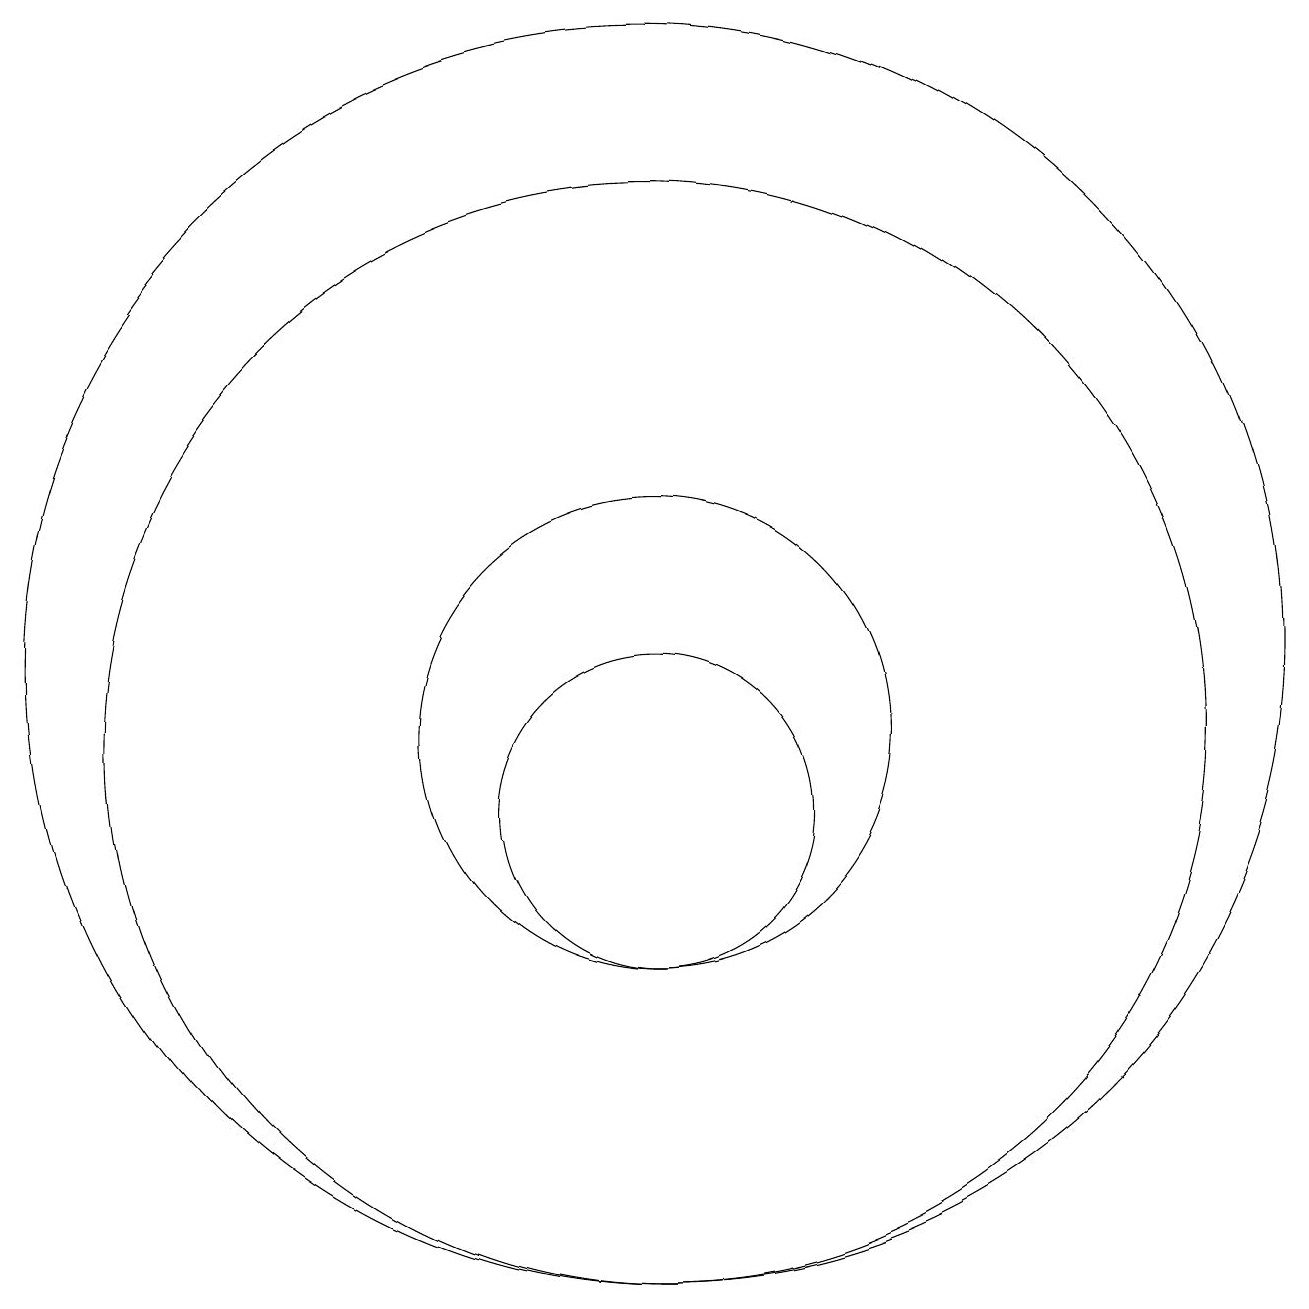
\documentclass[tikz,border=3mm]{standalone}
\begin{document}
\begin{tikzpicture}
\draw (10,11) circle (3);
\draw (10,11) circle (7);
\draw (10,12) circle (8);
\draw (10,10) circle (2);
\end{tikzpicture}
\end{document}